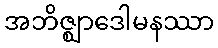
အဘိဇ္ဈာဒေါမနဿာ